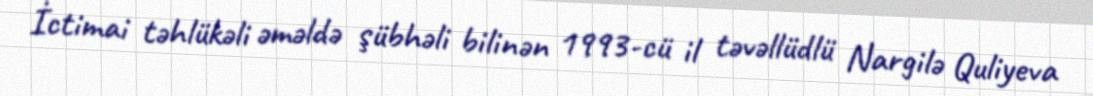
İctimai təhlükəli əməldə şübhəli bilinən 1993-cü il təvəllüdlü Nargilə Quliyeva